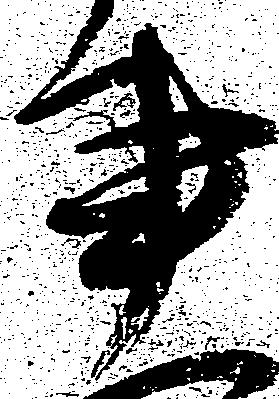
事